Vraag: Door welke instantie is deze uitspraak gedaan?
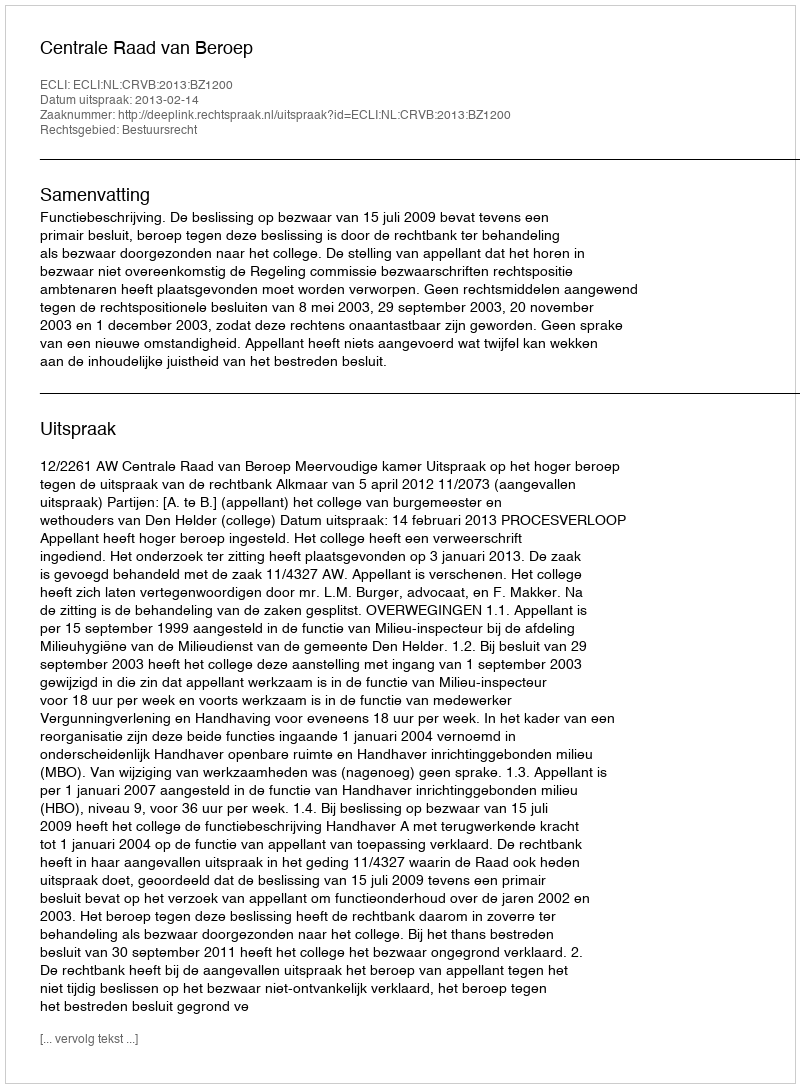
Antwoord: Centrale Raad van Beroep